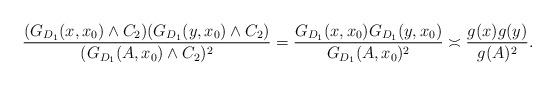
LaTeX: \begin{align*}\frac{(G_{D_1}(x, x_0)\wedge C_2) (G_{D_1}(y, x_0)\wedge C_2)}{(G_{D_1}(A, x_0)\wedge C_2)^2} = \frac{G_{D_1}(x, x_0)G_{D_1}(y, x_0)}{G_{D_1}(A, x_0)^2}\asymp \frac{g(x) g(y)}{g(A)^2}.\end{align*}